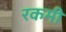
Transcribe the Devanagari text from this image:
रकमी